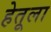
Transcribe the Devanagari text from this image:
हेतूला